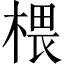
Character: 椳